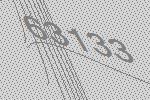
63133